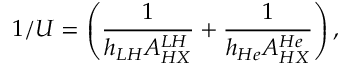
1 / U = \left( \frac { 1 } { h _ { L H } A _ { H X } ^ { L H } } + \frac { 1 } { h _ { H e } A _ { H X } ^ { H e } } \right) ,